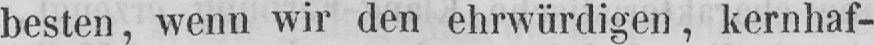
besten, wenn wir den ehrwürdigen, kernhaf-